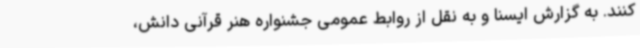
کنند. به گزارش ایسنا و به نقل از روابط عمومی جشنواره هنر قرآنی دانش،